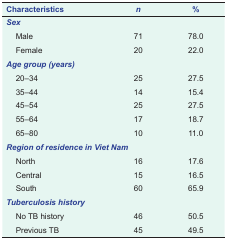
| Characteristics | n | % |
 | --- | --- | --- |
 | <COLSPAN=3> Sex |
 | Male | 71 | 78.0 |
 | Female | 20 | 22.0 |
 | <COLSPAN=3> Age group (years) |
 | 20–34 | 25 | 27.5 |
 | 35–44 | 14 | 15.4 |
 | 45–54 | 25 | 27.5 |
 | 55–64 | 17 | 18.7 |
 | 65–80 | 10 | 11.0 |
 | <COLSPAN=3> Region of residence in Viet Nam |
 | North | 16 | 17.6 |
 | Central | 15 | 16.5 |
 | South | 60 | 65.9 |
 | <COLSPAN=3> Tuberculosis history |
 | No TB history | 46 | 50.5 |
 | Previous TB | 45 | 49.5 |